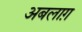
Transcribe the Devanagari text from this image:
अबलाग़